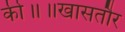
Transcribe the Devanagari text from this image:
की॥॥खासतौर